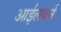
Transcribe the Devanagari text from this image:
आईलबर्न